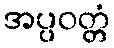
အပ္ပဝတ္တံ